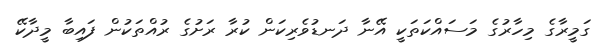
ގަމީރާގެ މިހާރުގެ މަސައްކަތަކީ އޭނާ ދަނޑުވެރިކަން ކުރާ ރަށުގެ ރުއްތަކުން ފައިބާ މީދާކޭ